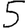
Digit: 5